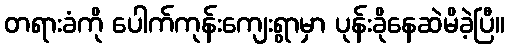
တရားခံကို ပေါက်ကုန်းကျေးရွာမှာ ပုန်းခိုနေဆဲမိခဲ့ပြီ။